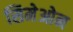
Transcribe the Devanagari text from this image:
सिमेओन